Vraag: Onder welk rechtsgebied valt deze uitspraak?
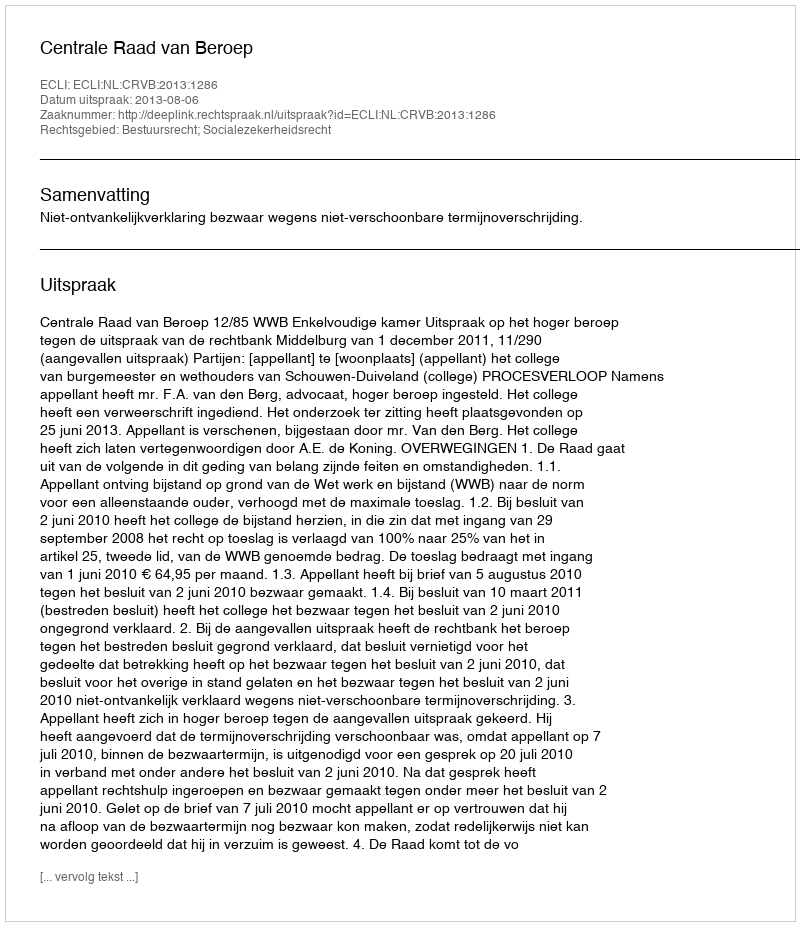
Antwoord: Bestuursrecht; Socialezekerheidsrecht